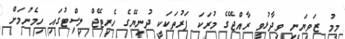
މީމު ޒަވިޔަނި ވިދާޅުވީ ރާއްޖޭގެ މުރަކަ ފަރުތަކަކީ ދުނިޔޭގެ ހެރިޓޭޖް ލިސްޓުގައި ހިމެނުމަށް